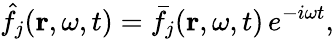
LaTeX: \hat{f}_{j}(\mathbf{r},\omega,t)=\bar{f}_{j}(\mathbf{r},\omega,t)\, e^{-i\omega t},